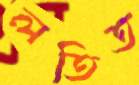
লতিত